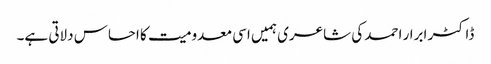
ڈاکٹر ابرار احمد کی شاعری ہمیں اسی معدومیت کا احساس دلاتی ہے۔